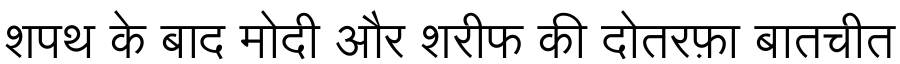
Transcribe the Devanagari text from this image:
शपथ के बाद मोदी और शरीफ की दोतरफ़ा बातचीत